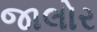
જાલોર